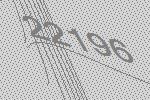
22196